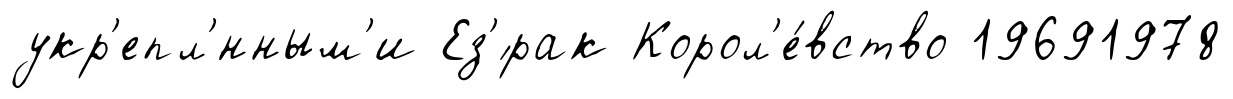
укр'епл'́нным'и Ез'́рак Корол'е́вство 19691978